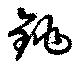
銚